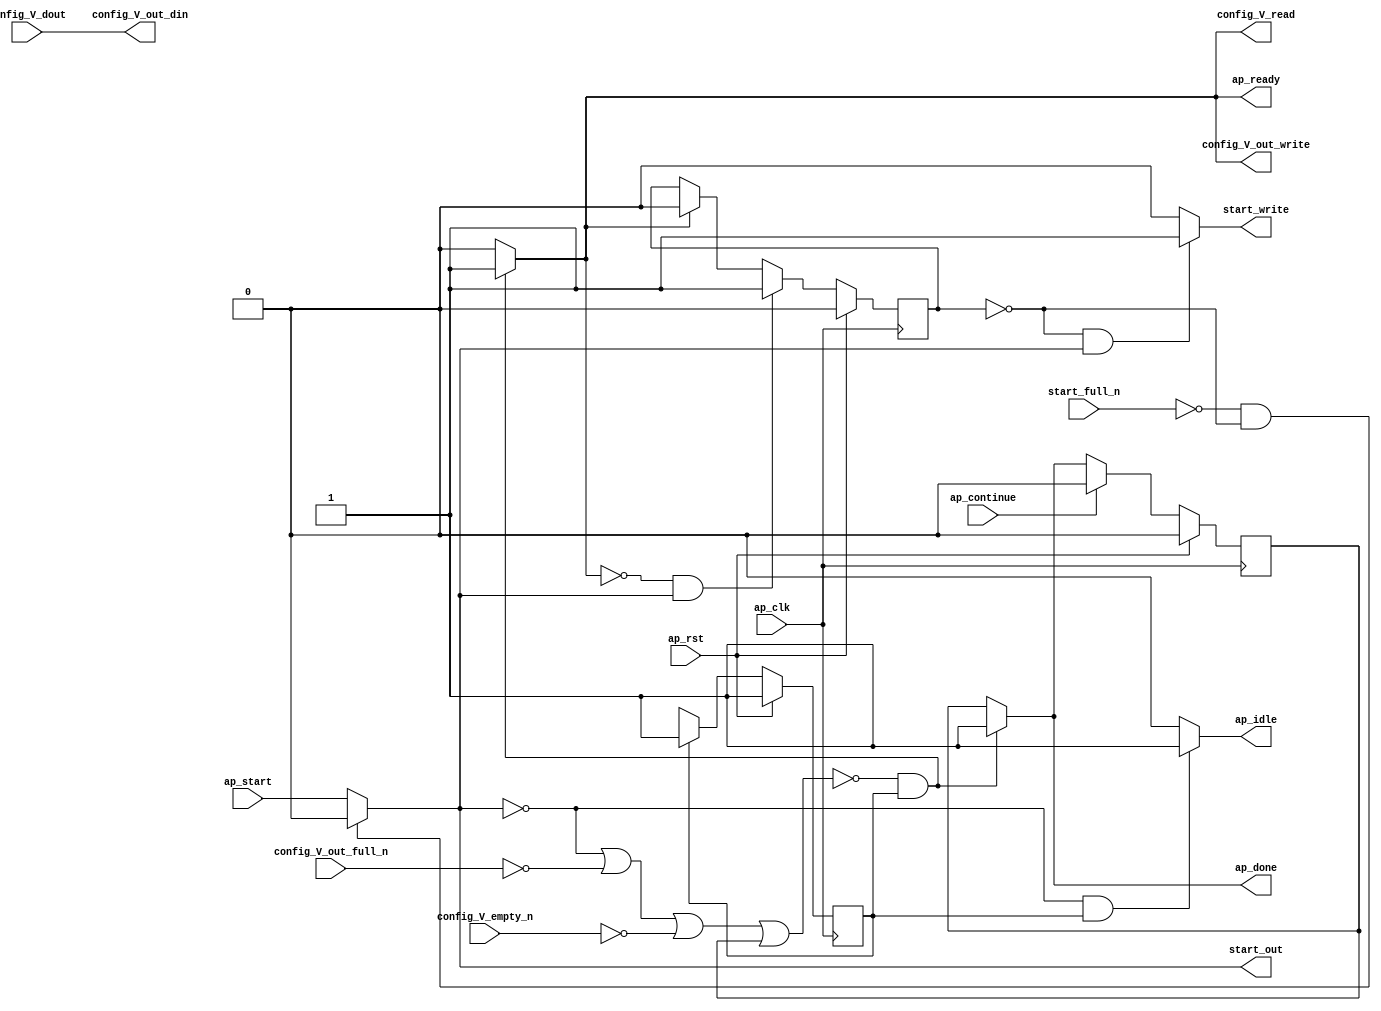
module SFAST_process_data_e_1_1 (
        ap_clk,
        ap_rst,
        ap_start,
        start_full_n,
        ap_done,
        ap_continue,
        ap_idle,
        ap_ready,
        start_out,
        start_write,
        config_V_dout,
        config_V_empty_n,
        config_V_read,
        config_V_out_din,
        config_V_out_full_n,
        config_V_out_write
);

parameter    ap_ST_fsm_state1 = 1'd1;

input   ap_clk;
input   ap_rst;
input   ap_start;
input   start_full_n;
output   ap_done;
input   ap_continue;
output   ap_idle;
output   ap_ready;
output   start_out;
output   start_write;
input  [31:0] config_V_dout;
input   config_V_empty_n;
output   config_V_read;
output  [31:0] config_V_out_din;
input   config_V_out_full_n;
output   config_V_out_write;

reg ap_done;
reg ap_idle;
reg start_write;
reg config_V_read;
reg config_V_out_write;

reg    real_start;
reg    start_once_reg;
reg    ap_done_reg;
(* fsm_encoding = "none" *) reg   [0:0] ap_CS_fsm;
wire    ap_CS_fsm_state1;
reg    internal_ap_ready;
reg    config_V_blk_n;
reg    config_V_out_blk_n;
reg    ap_block_state1;
reg   [0:0] ap_NS_fsm;

// power-on initialization
initial begin
#0 start_once_reg = 1'b0;
#0 ap_done_reg = 1'b0;
#0 ap_CS_fsm = 1'd1;
end

always @ (posedge ap_clk) begin
    if (ap_rst == 1'b1) begin
        ap_CS_fsm <= ap_ST_fsm_state1;
    end else begin
        ap_CS_fsm <= ap_NS_fsm;
    end
end

always @ (posedge ap_clk) begin
    if (ap_rst == 1'b1) begin
        ap_done_reg <= 1'b0;
    end else begin
        if ((ap_continue == 1'b1)) begin
            ap_done_reg <= 1'b0;
        end else if ((~((real_start == 1'b0) | (config_V_out_full_n == 1'b0) | (config_V_empty_n == 1'b0) | (ap_done_reg == 1'b1)) & (1'b1 == ap_CS_fsm_state1))) begin
            ap_done_reg <= 1'b1;
        end
    end
end

always @ (posedge ap_clk) begin
    if (ap_rst == 1'b1) begin
        start_once_reg <= 1'b0;
    end else begin
        if (((internal_ap_ready == 1'b0) & (real_start == 1'b1))) begin
            start_once_reg <= 1'b1;
        end else if ((internal_ap_ready == 1'b1)) begin
            start_once_reg <= 1'b0;
        end
    end
end

always @ (*) begin
    if ((~((real_start == 1'b0) | (config_V_out_full_n == 1'b0) | (config_V_empty_n == 1'b0) | (ap_done_reg == 1'b1)) & (1'b1 == ap_CS_fsm_state1))) begin
        ap_done = 1'b1;
    end else begin
        ap_done = ap_done_reg;
    end
end

always @ (*) begin
    if (((real_start == 1'b0) & (1'b1 == ap_CS_fsm_state1))) begin
        ap_idle = 1'b1;
    end else begin
        ap_idle = 1'b0;
    end
end

always @ (*) begin
    if ((1'b1 == ap_CS_fsm_state1)) begin
        config_V_blk_n = config_V_empty_n;
    end else begin
        config_V_blk_n = 1'b1;
    end
end

always @ (*) begin
    if ((1'b1 == ap_CS_fsm_state1)) begin
        config_V_out_blk_n = config_V_out_full_n;
    end else begin
        config_V_out_blk_n = 1'b1;
    end
end

always @ (*) begin
    if ((~((real_start == 1'b0) | (config_V_out_full_n == 1'b0) | (config_V_empty_n == 1'b0) | (ap_done_reg == 1'b1)) & (1'b1 == ap_CS_fsm_state1))) begin
        config_V_out_write = 1'b1;
    end else begin
        config_V_out_write = 1'b0;
    end
end

always @ (*) begin
    if ((~((real_start == 1'b0) | (config_V_out_full_n == 1'b0) | (config_V_empty_n == 1'b0) | (ap_done_reg == 1'b1)) & (1'b1 == ap_CS_fsm_state1))) begin
        config_V_read = 1'b1;
    end else begin
        config_V_read = 1'b0;
    end
end

always @ (*) begin
    if ((~((real_start == 1'b0) | (config_V_out_full_n == 1'b0) | (config_V_empty_n == 1'b0) | (ap_done_reg == 1'b1)) & (1'b1 == ap_CS_fsm_state1))) begin
        internal_ap_ready = 1'b1;
    end else begin
        internal_ap_ready = 1'b0;
    end
end

always @ (*) begin
    if (((start_full_n == 1'b0) & (start_once_reg == 1'b0))) begin
        real_start = 1'b0;
    end else begin
        real_start = ap_start;
    end
end

always @ (*) begin
    if (((start_once_reg == 1'b0) & (real_start == 1'b1))) begin
        start_write = 1'b1;
    end else begin
        start_write = 1'b0;
    end
end

always @ (*) begin
    case (ap_CS_fsm)
        ap_ST_fsm_state1 : begin
            ap_NS_fsm = ap_ST_fsm_state1;
        end
        default : begin
            ap_NS_fsm = 'bx;
        end
    endcase
end

assign ap_CS_fsm_state1 = ap_CS_fsm[32'd0];

always @ (*) begin
    ap_block_state1 = ((real_start == 1'b0) | (config_V_out_full_n == 1'b0) | (config_V_empty_n == 1'b0) | (ap_done_reg == 1'b1));
end

assign ap_ready = internal_ap_ready;

assign config_V_out_din = config_V_dout;

assign start_out = real_start;

endmodule